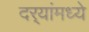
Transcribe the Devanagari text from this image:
दर्‍यांमध्ये